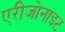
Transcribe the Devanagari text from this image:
एरीजोनाइट